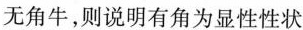
无角牛，则说明有角为显性性状